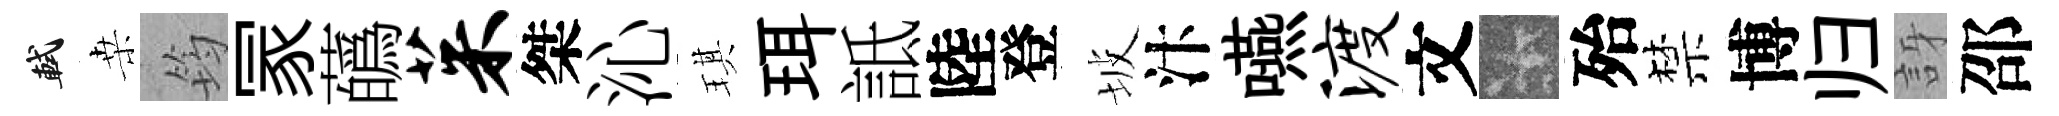
軾桒筠冡蘤茱桀沁琪珥詆陸登坡汴嚥渡文卡殆禁博归訝邵